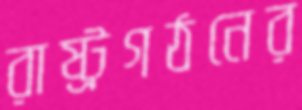
রাষ্ট্রগঠনের